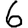
Digit: 6